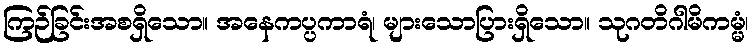
ကြဉ်ခြင်းအစရှိသော။ အနေကပ္ပကာရံ၊ များသောပြားရှိသော။ သုဂတိဂါမိကမ္မံ၊